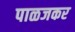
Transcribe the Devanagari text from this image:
पाळजकर